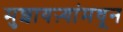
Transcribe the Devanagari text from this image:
मुशायऱ्यांमधून